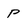
Character: P